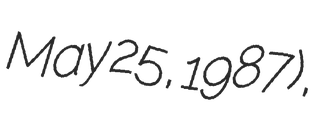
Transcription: May 25, 1987),